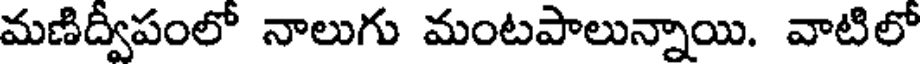
మణిద్వీపంలో నాలుగు మంటపాలున్నాయి. వాటిలో